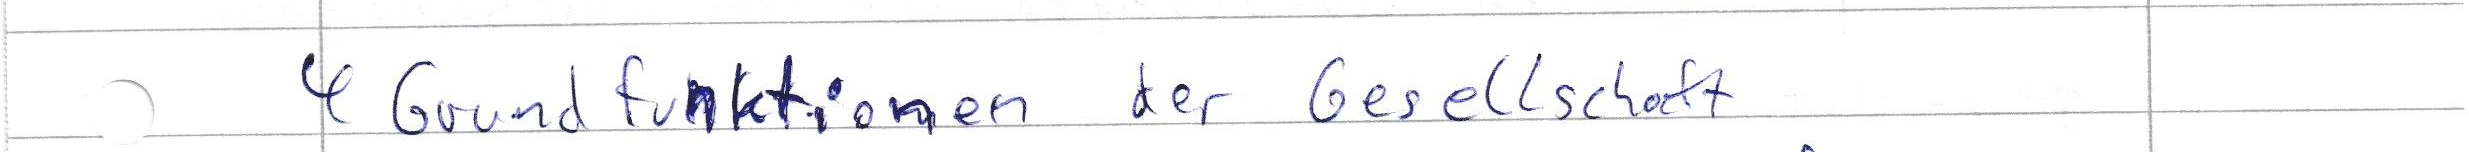
4 Grundfunktionen der Gesellschaft